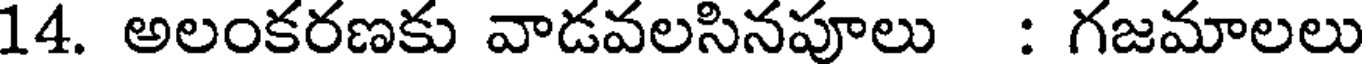
14. అలంకరణకు వాడవలసినపూలు : గజమాలలు